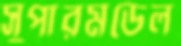
সুপারমডেল